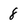
Character: 8